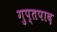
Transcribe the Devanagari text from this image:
गुप्तपाद